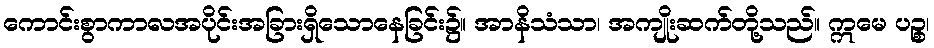
ကောင်းစွာကာလအပိုင်းအခြားရှိသောနေခြင်း၌။ အာနိသံသာ၊ အကျိုးဆက်တို့သည်။ ဣမေ ပဉ္စ၊